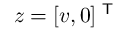
z = [ v , 0 ] ^ { \textsf { T } }